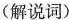
(解说词)